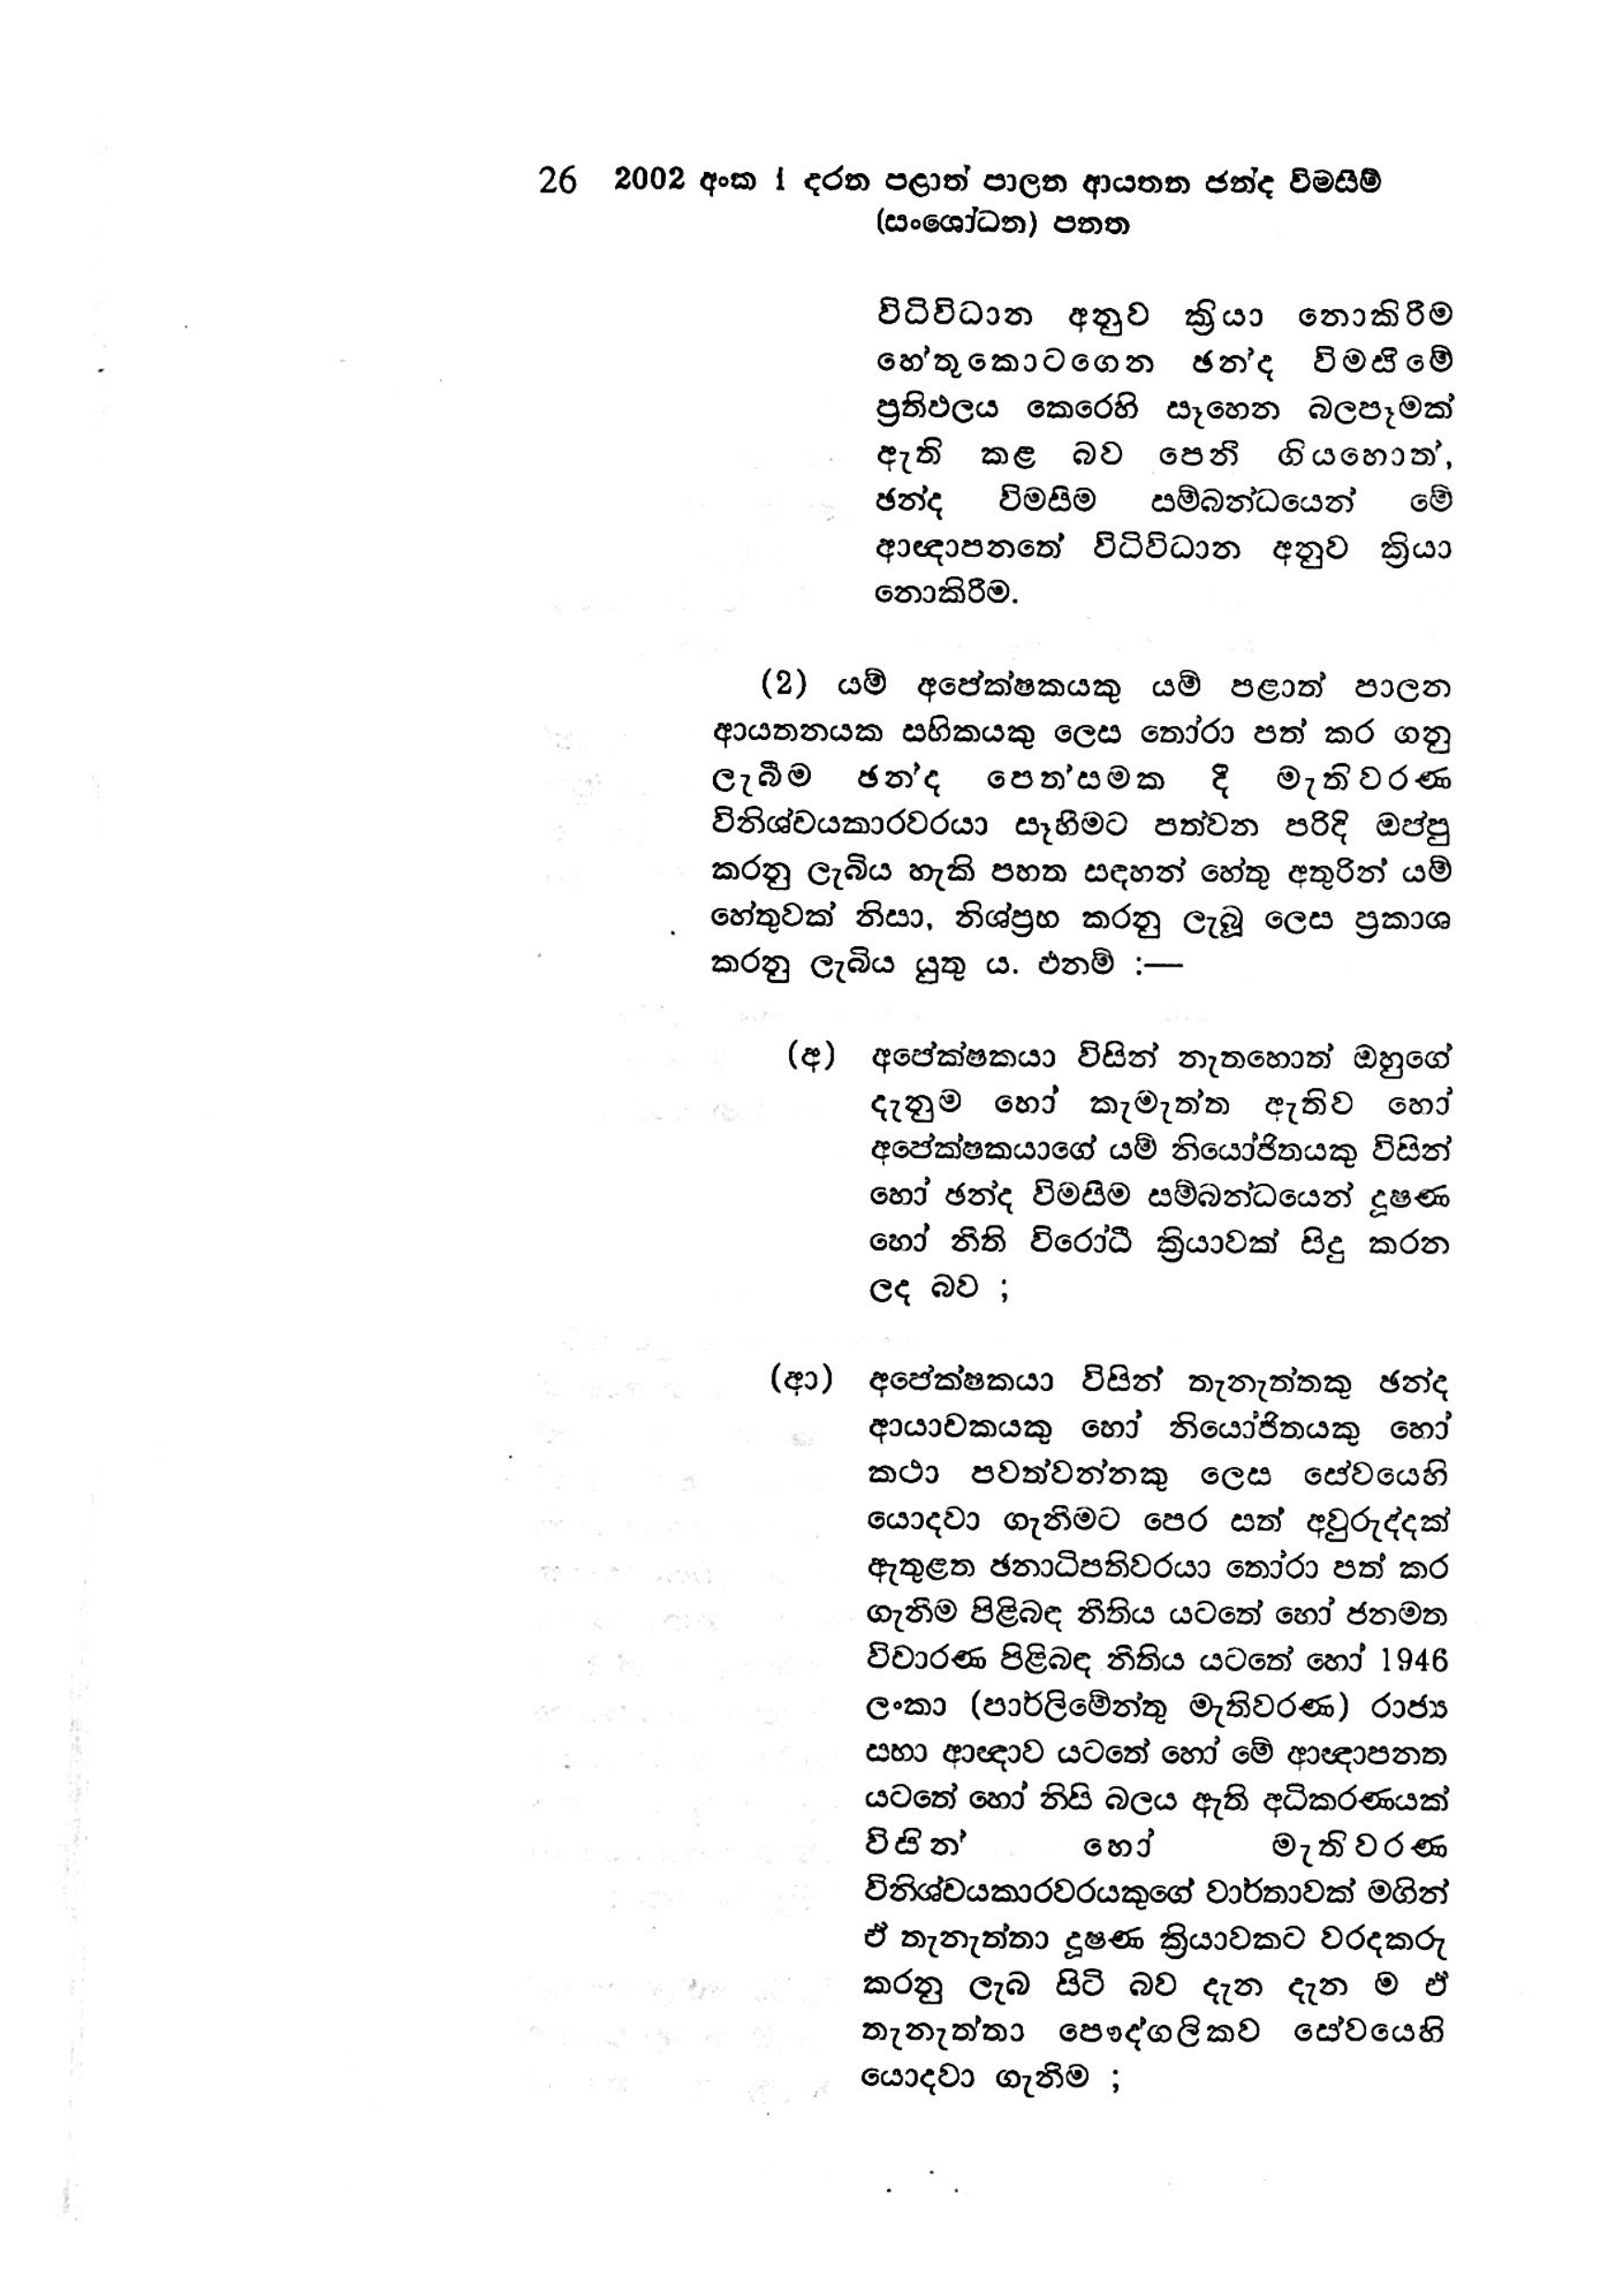
26 2002 අංක 1 දරන පළාත් පාලන ආයතන ඡන්ද විමසීම්
(සංශෝධන) පනත

විධිවිධාන අනුව ක්‍රියා නොකිරීම
හේතුකොටගෙන ඡන්ද විමසීමේ
ප්‍රතිඵලය කෙරෙහි සෑහෙන බලපෑමක්
ඇති කළ බව පෙනී ගියහොත්,
ඡන්ද විමසීම සම්බන්ධයෙන් මේ
ආඥාපනතේ විධිවිධාන අනුව ක්‍රියා
නොකිරීම.

(2) යම් අපේක්ෂකයකු යම් පළාත් පාලන
ආයතනයක සභිකයකු ලෙස තෝරා පත් කර ගනු
ලැබීම ඡන්ද පෙත්සමක දී මැතිවරණ
විනිශ්චයකාරවරයා සෑහීමට පත්වන පරිදි ඔප්පු
කරනු ලැබිය හැකි පහත සඳහන් හේතු අතුරින් යම්
හේතුවක් නිසා, නිශ්ප්‍රභ කරනු ලැබූ ලෙස ප්‍රකාශ
කරනු ලැබිය යුතු ය. එනම් :—

(අ) අපේක්ෂකයා විසින් නැතහොත් ඔහුගේ
දැනුම හෝ කැමැත්ත ඇතිව හෝ
අපේක්ෂකයාගේ යම් නියෝජිතයකු විසින්
හෝ ඡන්ද විමසීම සම්බන්ධයෙන් දූෂණ
හෝ නීති විරෝධී ක්‍රියාවක් සිදු කරන
ලද බව ;

(ආ) අපේක්ෂකයා විසින් තැනැත්තකු ඡන්ද
ආයාචකයකු හෝ නියෝජිතයකු හෝ
කථා පවත්වන්නකු ලෙස සේවයෙහි
යොදවා ගැනීමට පෙර සත් අවුරුද්දක්
ඇතුළත ඡනාධිපතිවරයා තෝරා පත් කර
ගැනීම පිළිබඳ නීතිය යටතේ හෝ ජනමත
විචාරණ පිළිබඳ නීතිය යටතේ හෝ 1946
ලංකා (පාර්ලිමේන්තු මැතිවරණ) රාජ්‍ය
සහා ආඥාව යටතේ හෝ මේ ආඥාපනත
යටතේ හෝ නිසි බලය ඇති අධිකරණයක්
විසින් හෝ මැතිවරණ
විනිශ්චයකාරවරයකුගේ වාර්තාවක් මගින්
ඒ තැනැත්තා දූෂණ ක්‍රියාවකට වරදකරු
කරනු ලැබ සිටි බව දැන දැන ම ඒ
තැනැත්තා පෞද්ගලිකව සේවයෙහි
යොදවා ගැනිම ;